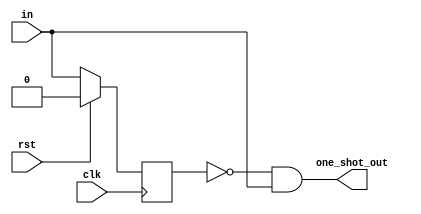
module rising_edge_detect(
    input clk,
    input rst,
    input in,
    output one_shot_out);

reg in_reg;

//register the input
always@(posedge clk)begin
   if(rst)begin
      in_reg <= 1'b0;
   end else begin
      in_reg <= in;
   end
end

//detect the rising edge
assign one_shot_out = ~in_reg & in;


endmodule